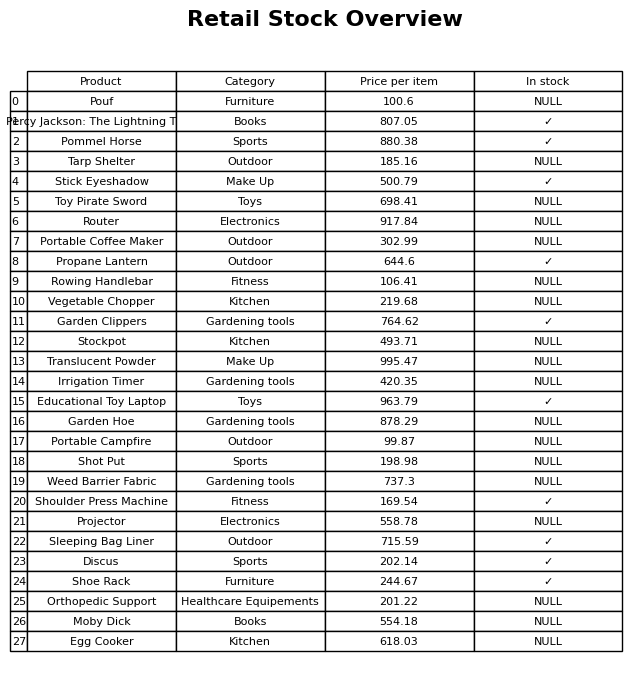
question: Is the Irrigation Timer in stock?
answer: NULL